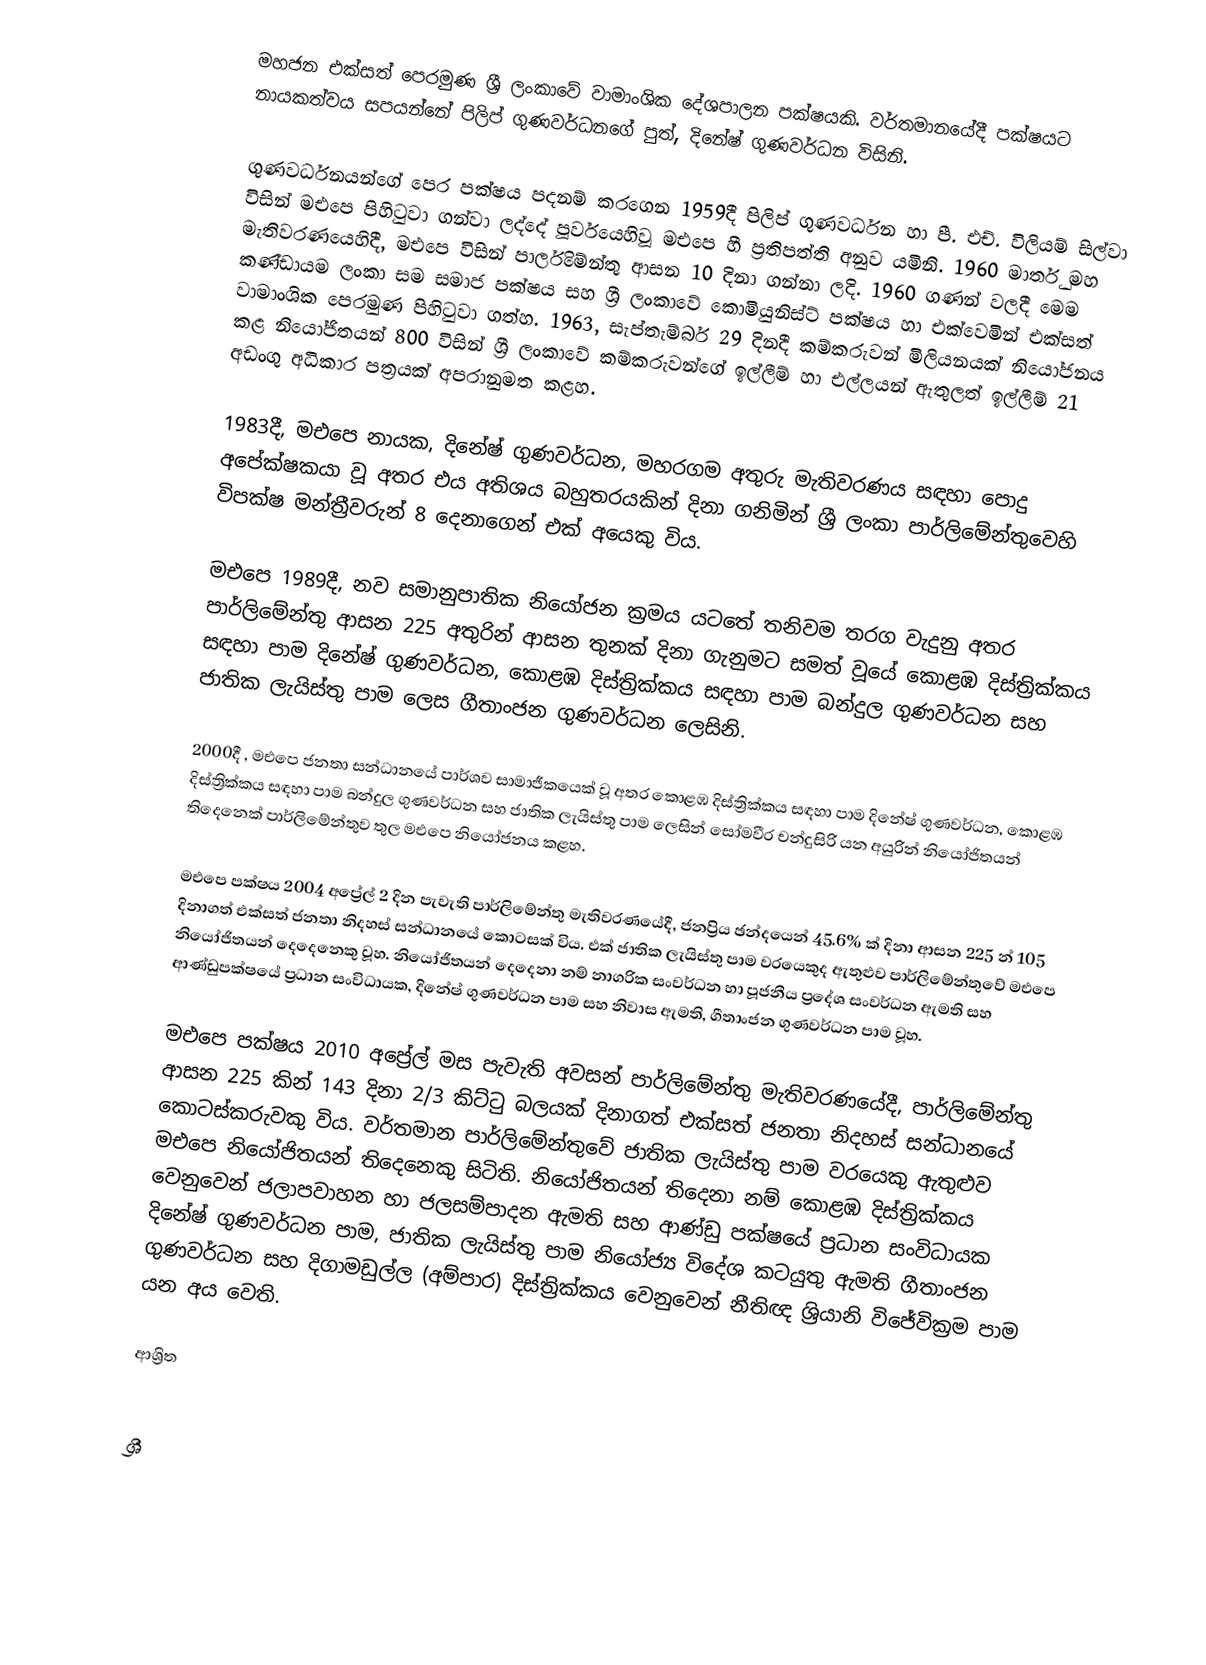
මහජන එක්සත් පෙරමුණ ශ්‍රී ලංකාවේ  වාමාංශික දේශපාලන පක්ෂයකි.  වර්තමානයේදී පක්ෂයට නායකත්වය සපයන්නේ පිලිප් ගුණවර්ධනගේ පුත්, දිනේෂ් ගුණවර්ධන විසිනි.

ගුණවර්ධනයන්ගේ පෙර පක්ෂය පදනම් කරගෙන 1959දී පිලිප් ගුණවර්ධන හා පී. එච්. විලියම් සිල්වා විසින් මඑපෙ පිහිටුවා ගන්වා ලද්දේ පූර්වයෙහිවූ  මඑපෙ හී ප්‍රතිපත්ති අනුව යමිනි. 1960 මාර්තු මහ මැතිවරණයෙහිදී, මඑපෙ විසින් පාර්ලිමේන්තු ආසන 10 දිනා ගන්නා ලදි. 1960 ගණන් වලදී මෙම කණ්ඩායම ලංකා සම සමාජ පක්ෂය සහ ශ්‍රී ලංකාවේ කොමියුනිස්ට් පක්ෂය හා එක්වෙමින් එක්සත් වාමාංශික පෙරමුණ පිහිටුවා ගත්හ. 1963, සැප්තැම්බර් 29 දිනදී  කම්කරුවන් මිලියනයක් නියෝජනය කළ නියෝජිතයන් 800 විසින් ශ්‍රී ලංකාවේ කම්කරුවන්ගේ ඉල්ලීම් හා එල්ලයන් ඇතුලත් ඉල්ලීම් 21 අඩංගු අධිකාර පත්‍රයක් අපරානුමත කළහ.

1983දී, මඑපෙ නායක,  දිනේෂ් ගුණවර්ධන, මහරගම අතුරු මැතිවරණය සඳහා පොදු අපේක්ෂකයා වූ අතර එය අතිශය බහුතරයකින් දිනා ගනිමින් ශ්‍රී ලංකා පාර්ලිමේන්තුවෙහි විපක්ෂ මන්ත්‍රීවරුන් 8 දෙනාගෙන් එක් අයෙකු විය.

මඑපෙ 1989දී,  නව සමානුපාතික නියෝජන ක්‍රමය යටතේ තනිවම තරග වැදුනු අතර පාර්ලිමේන්තු ආසන 225 අතුරින් ආසන තුනක් දිනා ගැනුමට සමත් වූයේ කොළඹ දිස්ත්‍රික්කය සඳහා පාම දිනේෂ් ගුණවර්ධන, කොළඹ දිස්ත්‍රික්කය සඳහා පාම බන්දුල ගුණවර්ධන සහ ජාතික ලැයිස්තු පාම ලෙස ගීතාංජන ගුණවර්ධන ලෙසිනි.

2000දී , මඑපෙ ජනතා සන්ධානයේ පාර්ශව සාමාජීකයෙක් වූ අතර කොළඹ දිස්ත්‍රික්කය සඳහා පාම දිනේෂ් ගුණවර්ධන, කොළඹ දිස්ත්‍රික්කය සඳහා පාම බන්දුල ගුණවර්ධන සහ ජාතික ලැයිස්තු පාම ලෙසින් සෝමවීර චන්දුසිරි යන අයුරින් නියෝජිතයන් තිදෙනෙක් පාර්ලිමේන්තුව තුල  මඑපෙ නියෝජනය කළහ.

මඑපෙ පක්ෂය 2004 අප්‍රේල් 2 දින පැවැති   පාර්ලිමේන්තු මැතිවරණයේදී,   ජනප්‍රිය ඡන්දයෙන් 45.6% ක් දිනා ආසන 225 න් 105 දිනාගත් එක්සත් ජනතා නිදහස් සන්ධානයේ කොටසක් විය. එක් ජාතික ලැයිස්තු පාම වරයෙකුද  ඇතුළුව පාර්ලිමේන්තුවේ මඑපෙ නියෝජිතයන් දෙදෙනෙකු වූහ. නියෝජිතයන් දෙදෙනා නම් නාගරික සංවර්ධන හා පූජනීය ප්‍රදේශ සංවර්ධන ඇමති සහ ආණ්ඩුපක්ෂයේ  ප්‍රධාන සංවිධායක, දිනේෂ් ගුණවර්ධන පාම සහ නිවාස ඇමති,   ගීතාංජන ගුණවර්ධන පාම වූහ.

මඑපෙ පක්ෂය 2010 අප්‍රේල් මස පැවැති අවසන් පාර්ලිමේන්තු මැතිවරණයේදී,  පාර්ලිමේන්තු ආසන 225 කින් 143 දිනා 2/3 කිට්ටු බලයක් දිනාගත් එක්සත් ජනතා නිදහස් සන්ධානයේ කොටස්කරුවකු විය. වර්තමාන පාර්ලිමේන්තුවේ ජාතික ලැයිස්තු පාම වරයෙකු  ඇතුළුව  මඑපෙ නියෝජිතයන් තිදෙනෙකු සිටිති. නියෝජිතයන් තිදෙනා නම් කොළඹ දිස්ත්‍රික්කය වෙනුවෙන් ජලාපවාහන හා ජලසම්පාදන ඇමති සහ ආණ්ඩු පක්ෂයේ ප්‍රධාන සංවිධායක දිනේෂ් ගුණවර්ධන පාම, ජාතික ලැයිස්තු පාම නියෝජ්‍ය විදේශ කටයුතු ඇමති ගීතාංජන ගුණවර්ධන සහ දිගාමඩුල්ල (අම්පාර) දිස්ත්‍රික්කය වෙනුවෙන් නීතිඥ ශ්‍රියානි විජේවික්‍රම පාම යන අය වෙති.

ආශ්‍රිත

ශ්‍රී